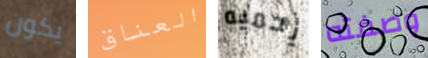
يكون العناق يحميه وصفته